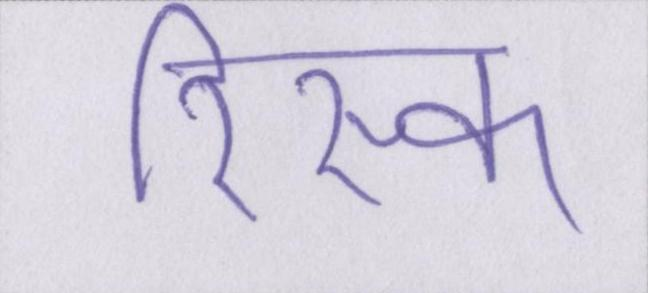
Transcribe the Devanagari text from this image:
रिस्क